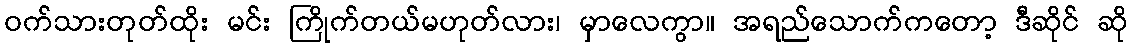
ဝက်သားတုတ်ထိုး မင်း ကြိုက်တယ်မဟုတ်လား၊ မှာလေကွာ။ အရည်သောက်ကတော့ ဒီဆိုင် ဆို